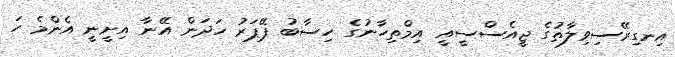
އިނގިރޭސިވިލާތުގެ ޖީއެސްސީއީ އިމްތިހާނުގެ ހިސާބު ޕޭޕަރު ހަދަން އޭނާ އިށީނީ އެންމެ ހަ